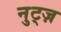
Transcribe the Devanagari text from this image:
नुट्ज़